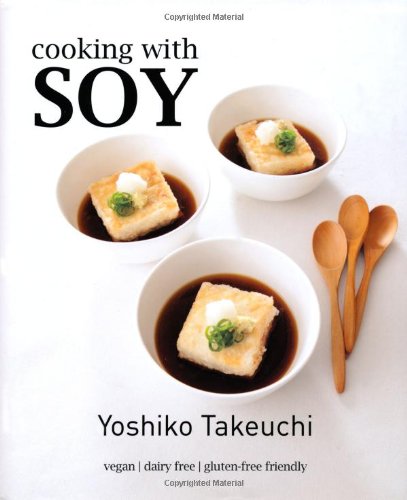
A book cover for Cooking With Soy; Yoshiko Takeuchi; Cookbooks, Food & Wine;